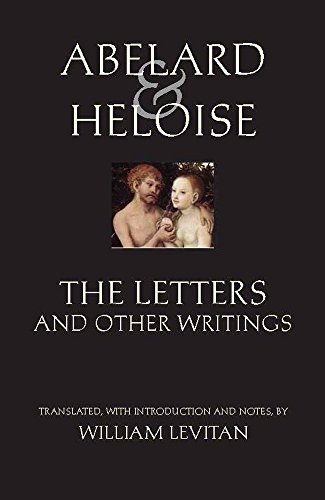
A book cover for Abelard and Heloise: The Letters and Other Writings (Hackett Classics); Abelard; Literature & Fiction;